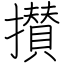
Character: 攅